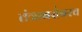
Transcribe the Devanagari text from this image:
तंत्राबरोबरच